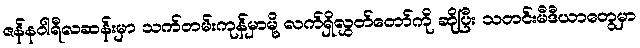
ဇန်နဝါရီလဆန်းမှာ သက်တမ်းကုန်မှာမို့ လက်ရှိလွှတ်တော်ကို ဆိုပြီး သတင်းမီဒီယာတွေမှာ